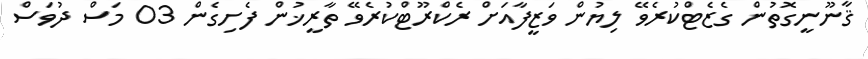
ޤާނޫނީގޮތުން ގެޒެޓްކުރެވޭ ލިޔުން ވަޒީފާއަށް ރެކްރޫޓްކުރެވޭ ތާރީޚުން ފެށިގެން 03 މަސް ދުވަސް